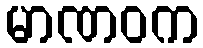
မာဏဝက